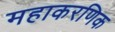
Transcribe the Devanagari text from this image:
महाकरणिक